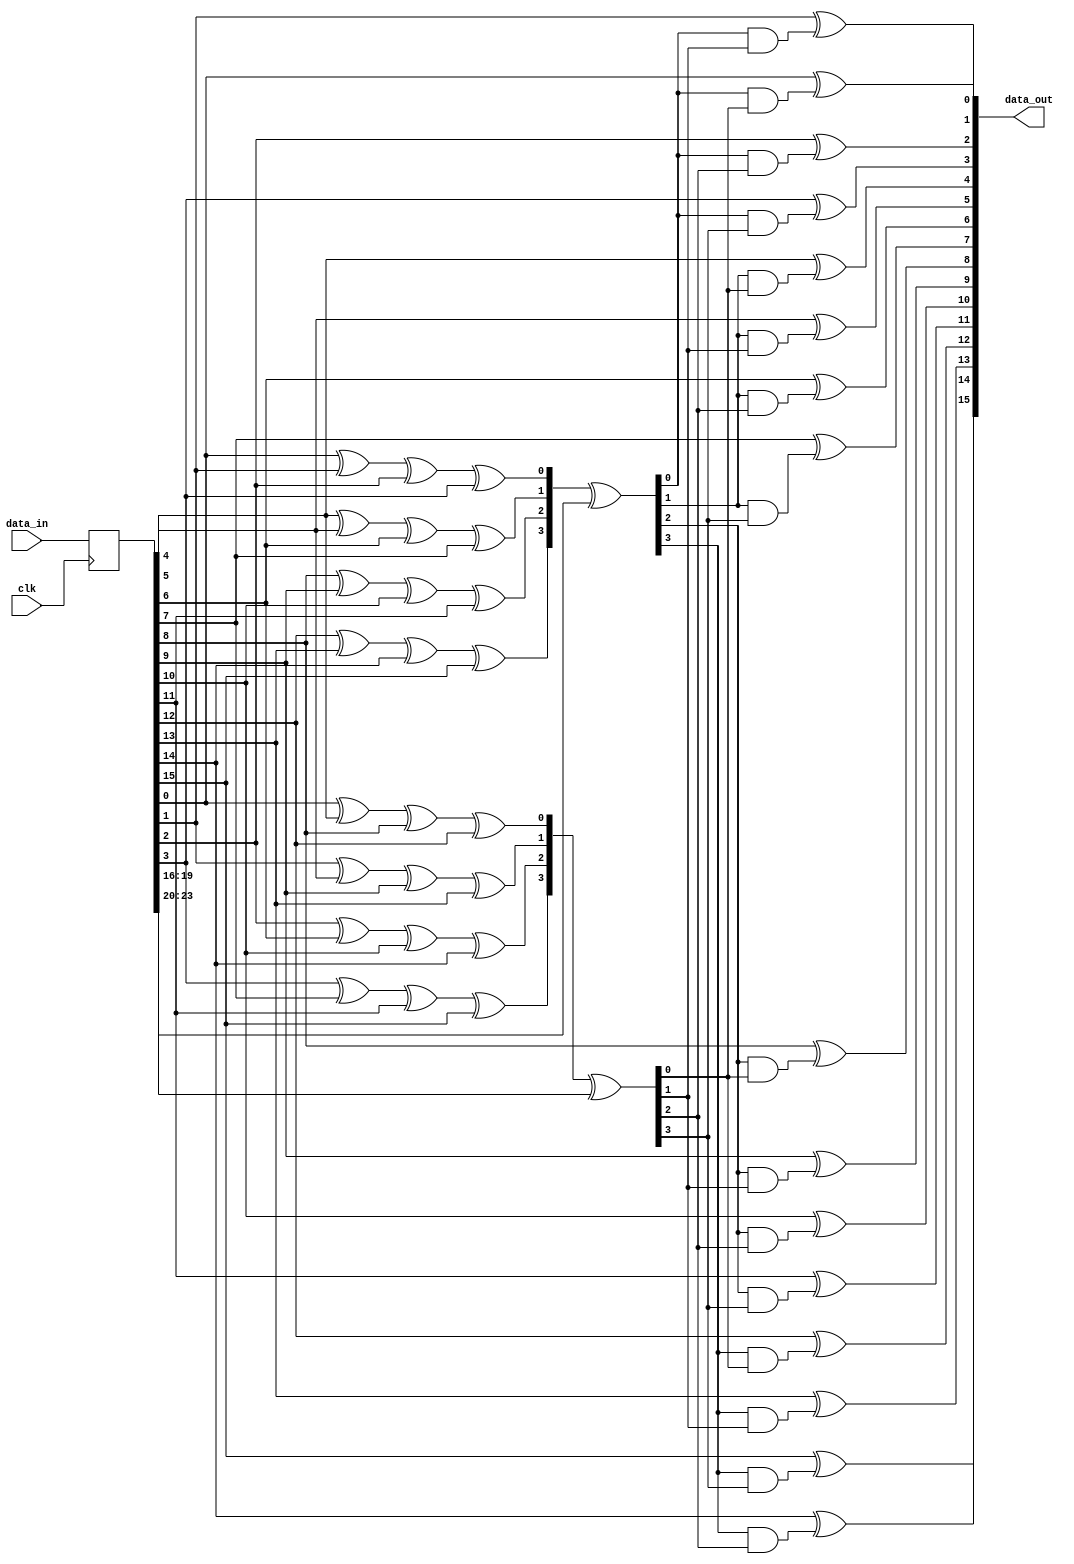
`timescale 1ns / 1ps
//////////////////////////////////////////////////////////////////////////////////
//   Student number: 99210067        
//////////////////////////////////////////////////////////////////////////////////

module Decoder(
	input wire [23:0] data_in,
	input wire clk,
	output reg [15:0] data_out
	);

	reg [23:0] data_in_reg;
	
	reg [3:0] horizontal, horizontal_missmatch;
	reg [3:0] vertical, vertical_missmatch;

	// Sequential Logic
	always @(posedge clk)
	begin
		data_in_reg <= data_in;
	end
	
	integer i, j;
	// Combinational Logic
	always @(*)
	begin
		for(i = 0; i < 4; i = i + 1)
		begin
			horizontal[i] = data_in_reg[i*4] ^ data_in_reg[i*4 + 1] ^ 
								data_in_reg[i*4 + 2] ^ data_in_reg[i*4 + 3];
			
			vertical[i] = data_in_reg[i] ^ data_in_reg[i + 4] ^ 
								data_in_reg[i + 8] ^ data_in_reg[i + 12];
		end
		
		horizontal_missmatch = horizontal ^ data_in_reg[19:16];
		vertical_missmatch = vertical ^ data_in_reg[23:20];
		
		for(i = 0; i < 4; i = i + 1)
		begin
			for(j = 0; j < 4; j = j + 1)
			begin
				data_out[4 * i + j] = data_in_reg[4 * i + j] ^ 
											(horizontal_missmatch[i] & vertical_missmatch[j]);
			end
		end
		
	end

endmodule